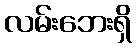
လမ်းဘေးရှိ